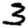
Digit: 3